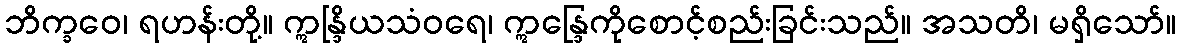
ဘိက္ခဝေ၊ ရဟန်းတို့။ ဣန္ဒြိယသံဝရေ၊ ဣန္ဒြေကိုစောင့်စည်းခြင်းသည်။ အသတိ၊ မရှိသော်။